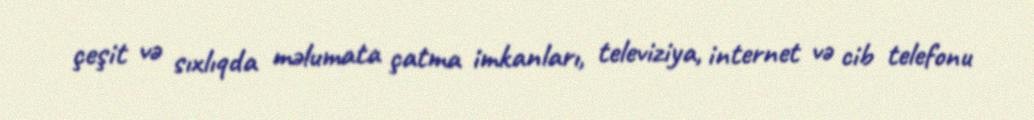
çeşit və sıxlıqda məlumata çatma imkanları, televiziya, internet və cib telefonu